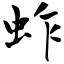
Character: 蚱